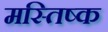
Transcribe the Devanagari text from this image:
मस्‍तिष्‍क